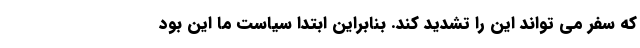
که سفر می تواند این را تشدید کند. بنابراین ابتدا سیاست ما این بود